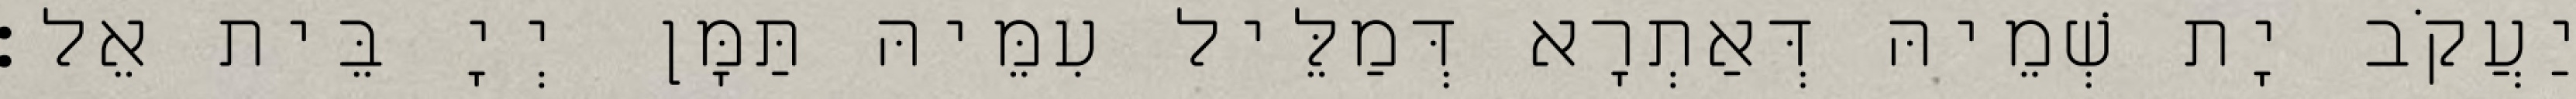
יַעֲקֹב יָת שְׁמֵיהּ דְּאַתְרָא דְּמַלֵּיל עִמֵּיהּ תַּמָּן יְיָ בֵּית אֵל׃